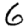
Digit: 6